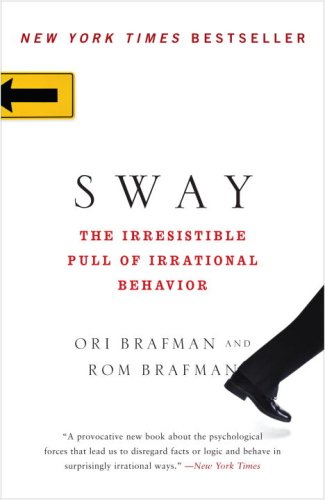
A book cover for Sway: The Irresistible Pull of Irrational Behavior; Ori Brafman; Health, Fitness & Dieting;